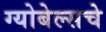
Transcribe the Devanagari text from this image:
ग्योबेल्सचे